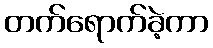
တက်ရောက်ခဲ့ကာ